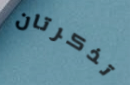
تذكرتان